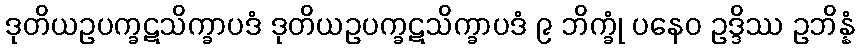
ဒုတိယဥပက္ခဋသိက္ခာပဒံ ဒုတိယဥပက္ခဋသိက္ခာပဒံ ၉ ဘိက္ခုံ ပနေဝ ဥဒ္ဒိဿ ဥဘိန္နံ